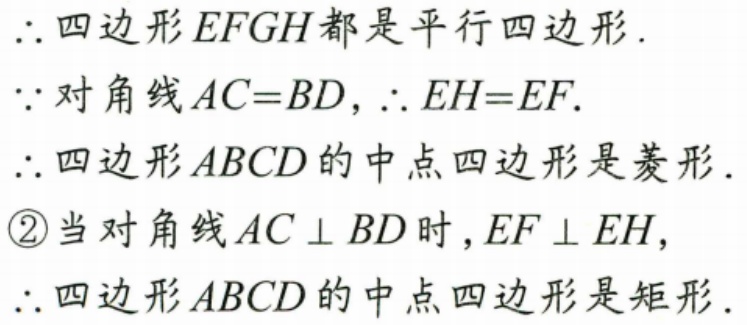
$\therefore$四边形$EFGH$都是平行四边形.
$\because$对角线$AC = BD,\therefore EH = EF.$
$\therefore$四边形$ABCD$的中点四边形是菱形.
\textcircled{2}当对角线$AC\perp BD$时,$EF\perp EH,$
$\therefore$四边形$ABCD$的中点四边形是矩形.